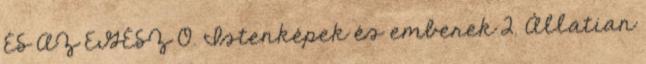
ÉS AZ EGÉSZ 0. Istenképek és emberek 2. Állatian